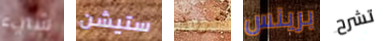
شيء ستيشن كروك برينس تشرح